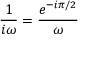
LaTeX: { \frac { 1 } { i \omega } } = { \frac { e ^ { - i \pi / 2 } } { \omega } }